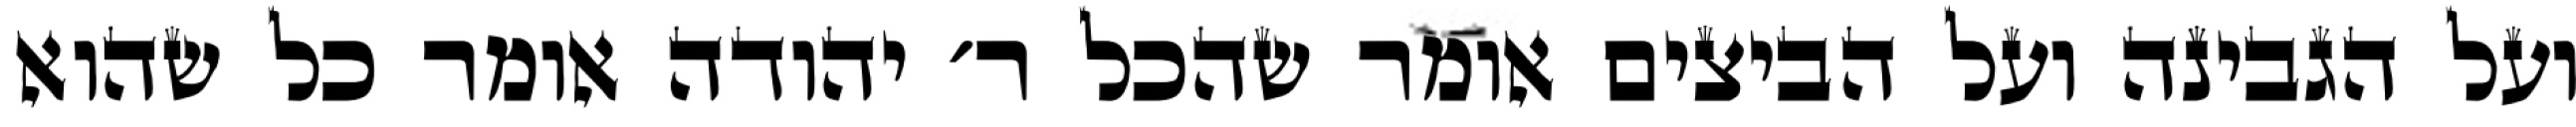
ועל הגבינה ועל הביצים אומר שהכל ר׳ יהודה אומר כל שהוא